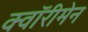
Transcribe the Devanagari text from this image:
क्वॉरीमेन